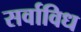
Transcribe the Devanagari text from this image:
सर्वाविध